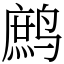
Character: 鹧